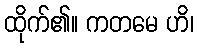
ထိုက်၏။ ကတမေ ဟိ၊